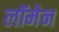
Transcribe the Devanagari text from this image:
लॉमेन